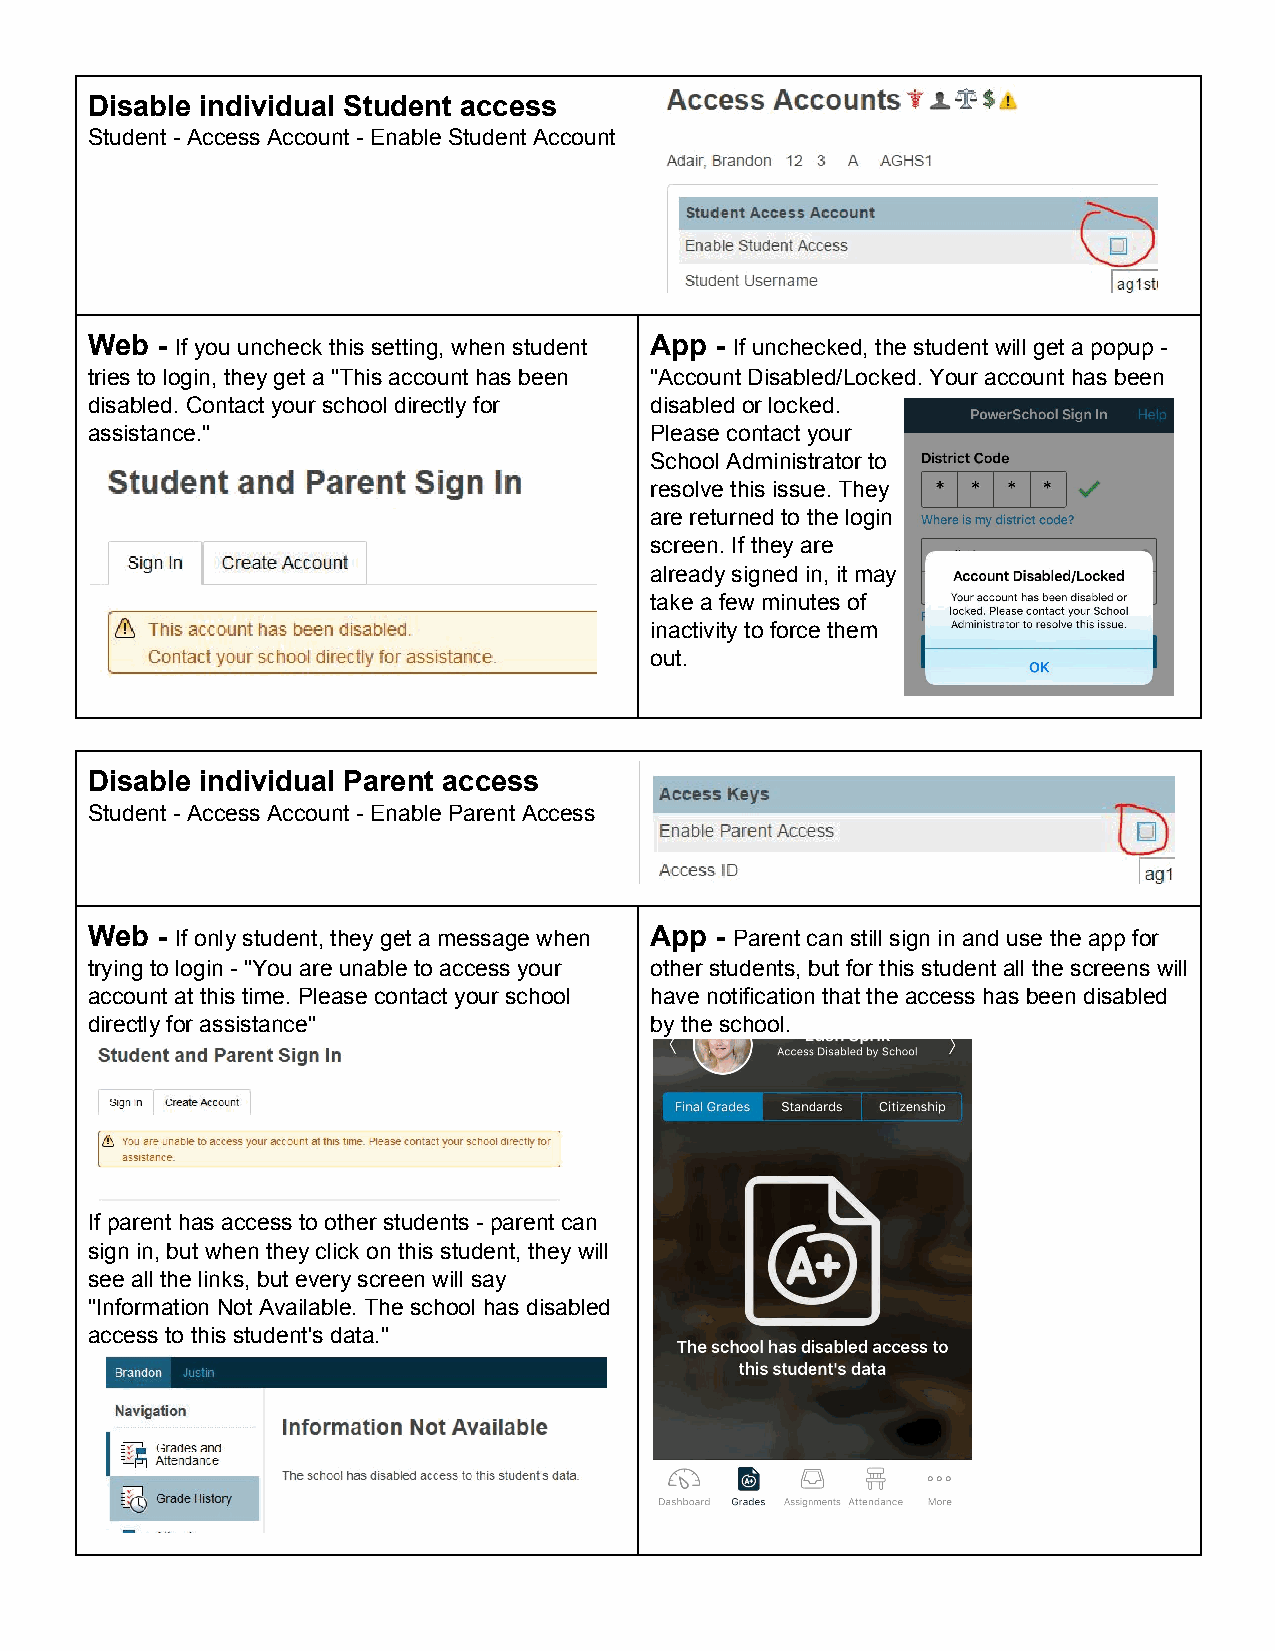
Disable individual Student access
 Student ­ Access Account ­ Enable Student Account
 Web ­ If you uncheck this setting, when student App ­ If unchecked, the student will get a popup ­
 ​                                    ​
 tries to login, they get a "This account has been "Account Disabled/Locked. Your account has been
 disabled. Contact your school directly for disabled or locked.
 assistance."                         Please contact your
 School Administrator to
 resolve this issue. They
 are returned to the login
 screen. If they are
 already signed in, it may
 take a few minutes of
 inactivity to force them
 out.
 Disable individual Parent access
 Student ­ Access Account ­ Enable Parent Access
 Web ­ If only student, they get a message when App ­ Parent can still sign in and use the app for
 ​                                    ​
 trying to login ­ "You are unable to access your other students, but for this student all the screens will
 account at this time. Please contact your school have notification that the access has been disabled
 directly for assistance"             by the school.
 If parent has access to other students ­ parent can
 sign in, but when they click on this student, they will
 see all the links, but every screen will say
 "Information Not Available. The school has disabled
 access to this student's data."